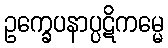
ဥက္ခေပနာပ္ပဋိကမ္မေ